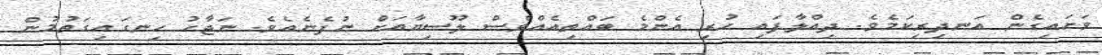
ވަށައިގެން އަނދިރިކަމެވެ. ދިއްލާފައި ހުރި އެންމެ ބައްތިއެއްވެސް ލޫސިޔާއަށް ނުފެނެއެވެ. ނަޖާހު ހިނގައިގަތުމުން